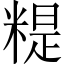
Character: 䊓